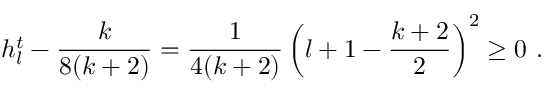
h _ { l } ^ { t } - \frac { k } { 8 ( k + 2 ) } = \frac { 1 } { 4 ( k + 2 ) } \left( l + 1 - \frac { k + 2 } { 2 } \right) ^ { 2 } \geq 0 ~ .